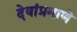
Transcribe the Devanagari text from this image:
देवांप्रमाणे